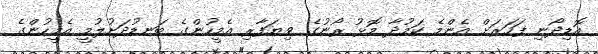
އޮޑިދޯނި ފަހަރަށް އެންމެ ކަމުދާ މޮޅު ރޯނުގެ ވިޔަފާރި އެމީހުންގެ ބަނޑުދަށުލުމީ އެމީހުންގެ